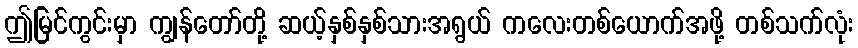
ဤမြင်ကွင်းမှာ ကျွန်တော်တို့ ဆယ့်နှစ်နှစ်သားအရွယ် ကလေးတစ်ယောက်အဖို့ တစ်သက်လုံး